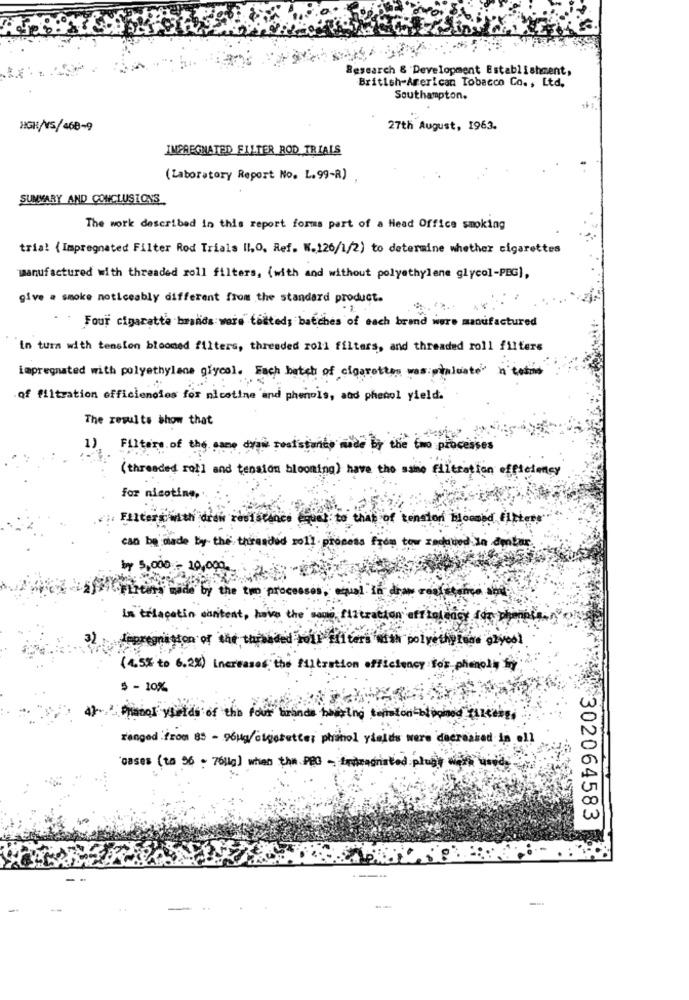
Research & Development Establishment,
British American Tobacco Co ., Ltd.
Southampton.
HGH/NS/468-9
27th August, 1963.
IMPREGNATED FILTER ROD TRIALS
(Laboratory Report No. L.99-R)
SUMVARY AND CONCLUSIONS
The work described in this report forms part of a Head Office smoking
tria! {Impregnated Filter Rod Trials Il,O, Ref. W.126/1/2) to determine whether cigarettes
manufactured with threaded roll filters, (with and without polyethylene glycol-PBG),
give a smoke noticeably different from the standard product.
Four cigarette brands were tosteds batches of each brand were manufactured
in turn with tension bloomed filters, threaded roll filters, and threaded roll filters
impregnated with polyethylene glycol. Each batch of cigarettes was pialcate in terms
of filtration efficiencies for nicotine and phenols, and phenol yield.
The results show that
1)
Filtere.of the same dyam reststar
de by the
Eno processes
( threaded roll and tension blooming) have the same filtration efficiency
for nicotine,
. Filterswith drew resistance cques to that of tension bloomed fitters
can be made by the threaded roll pro
as from tow Induced in debar
by 5,000 - 10,000
by the two proce
is triacatin content , have the so
3)
Impregnaston of the threaded roll ifiters with polyethylene glycol
(4.5% to 6.2%) increases the filtration efficiency tor phenoly by
5 - 10%
4): Planos velds of the four brands boasting coration bloomed Baleares
ranged from 83 - 96Mg/dlisbetter phanel yields were decreased in all
cases (to 96 - 76lig) when the PRO - Integrated plugs
302064583